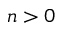
n > 0